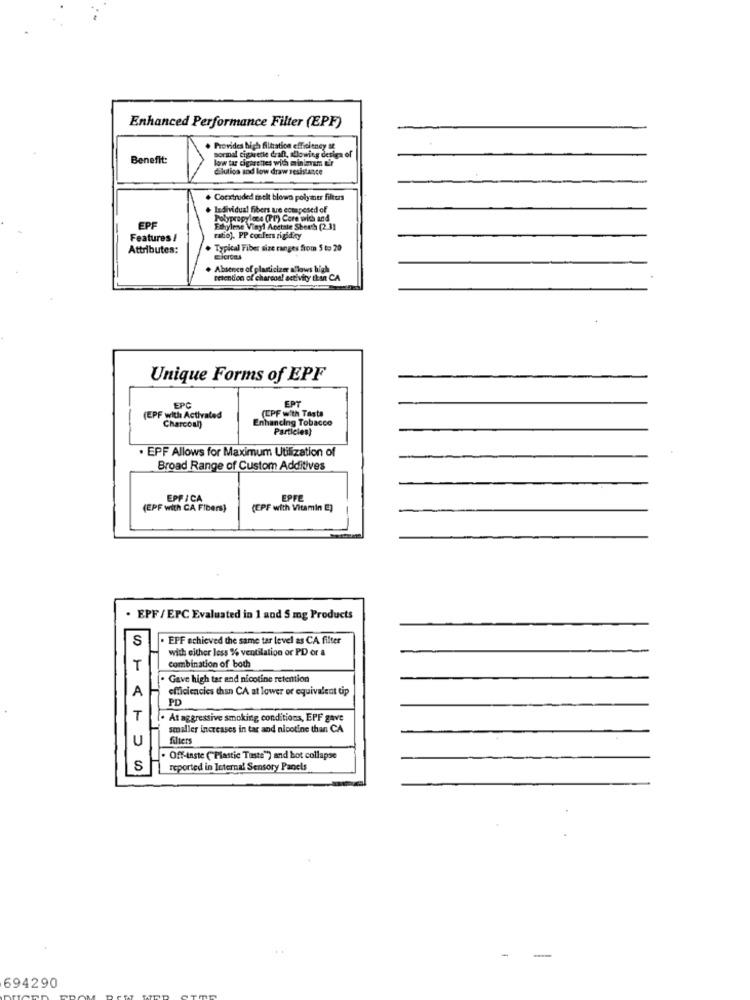
Enhanced Performance Filter (EPF)
Provides high filtration efficiency Il
Benefit:
low tar cigarettes with minimum Er
sormal cigarette draft, allowing design of
dilution and low draw resistance
Coextruded melt blown polyaner filters
Individual fibers tre ectapesed of
Polypropylene (PP) Core wie and
EPF
Ethylene Vinyl Aoctale Sherth (2.31
Features /
ratio). PP cocfers rigidity
Attributes:
Typical Fiber size ranges from 5 to 20
Sicrees
Absence of plasticizer allows high
retention of charcoal activity than CA
Unique Forms of EPF
EPT
EPC
(CPF with Taste
(EPF with Activated
Enhancing Tobacco
Charcoal
Particies)
EPF Allows for Maximum Utilization of
Broad Range of Custom Additives
EPPICA
EPFE
(EPF with CA Fibers)
(EPF with Vitamin E)
-
. EPF/EPC Evaluated in 1 and 5 mg Products
S
EPF achieved the same tar level as CA filter
with either less % ventilation or PD or &
T
combination of both
[. Gave high tar and nicotine retention
efficiencies than CA at lower or equivalent tip
PD
. At aggressive smoking conditions, EPF gave
smaller increases in tar and nicotine than CA
filters
. Off-taste ("Plastic Taste") and hot collapse
S
reported in Internal Sensory Panels
-
-
694290